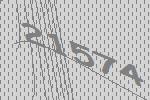
21574